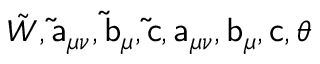
{ \tilde { W } } , \mathsf { \tilde { a } } _ { \mu \nu } , \mathsf { \tilde { b } } _ { \mu } , \mathsf { \tilde { c } } , \mathsf { a } _ { \mu \nu } , \mathsf { b } _ { \mu } , \mathsf { c } , \theta